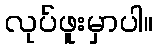
လုပ်ဖူးမှာပါ။